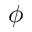
\phi